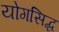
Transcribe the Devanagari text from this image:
योगसिद्ध